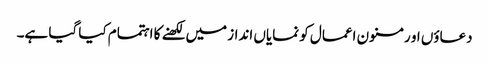
دعاؤں او رمسنون اعمال کو نمایاں انداز میں لکھنے کا اہتمام کیا گیا ہے۔